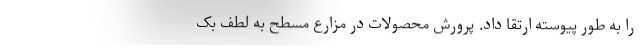
را به طور پیوسته ارتقا داد. پرورش محصولات در مزارع مسطح به لطف بک